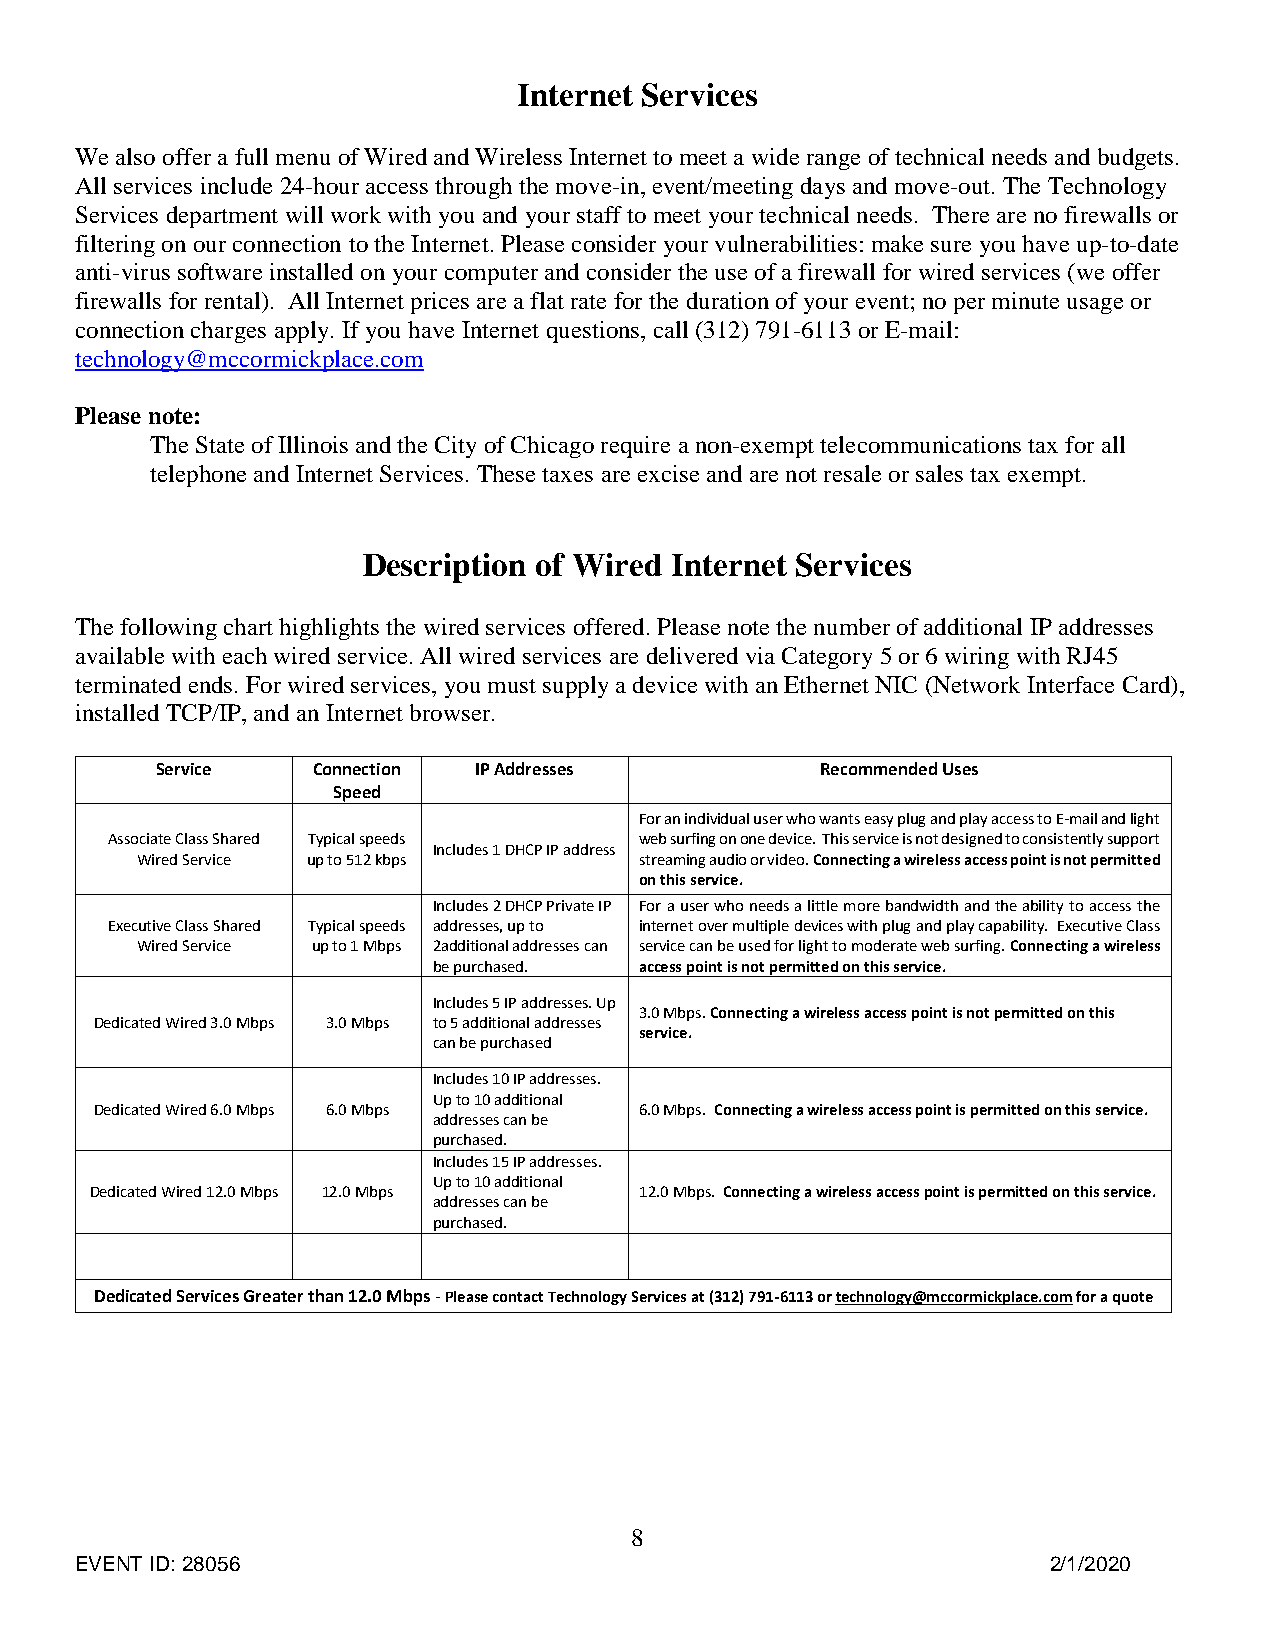
Internet Services
 We also offer a full menu of Wired and Wireless Internet to meet a wide range of technical needs and budgets.
 All services include 24-hour access through the move-in, event/meeting days and move-out. The Technology
 Services department will work with you and your staff to meet your technical needs. There are no firewalls or
 filtering on our connection to the Internet. Please consider your vulnerabilities: make sure you have up-to-date
 anti-virus software installed on your computer and consider the use of a firewall for wired services (we offer
 firewalls for rental). All Internet prices are a flat rate for the duration of your event; no per minute usage or
 connection charges apply. If you have Internet questions, call (312) 791-6113 or E-mail:
 technology@mccormickplace.com
 Please note:
 The State of Illinois and the City of Chicago require a non-exempt telecommunications tax for all
 telephone and Internet Services. These taxes are excise and are not resale or sales tax exempt.
 Description of Wired Internet Services
 The following chart highlights the wired services offered. Please note the number of additional IP addresses
 available with each wired service. All wired services are delivered via Category 5 or 6 wiring with RJ45
 terminated ends. For wired services, you must supply a device with an Ethernet NIC (Network Interface Card),
 installed TCP/IP, and an Internet browser.
 Service    Connection IP Addresses          Recommended Uses
 Speed
 For an individual user who wants easy plug and play access to E-mail and light
 Associate Class Shared Typical speeds web surfing on one device. This service is not designed to consistently support
 Includes 1 DHCP IP address
 Wired Service up to 512 kbps     streaming audio or video. Connecting a wireless access point is not permitted
 on this service.
 Includes 2 DHCP Private IP For a user who needs a little more bandwidth and the ability to access the
 Executive Class Shared Typical speeds addresses, up to internet over multiple devices with plug and play capability. Executive Class
 Wired Service up to 1 Mbps 2additional addresses can service can be used for light to moderate web surfing. Connecting a wireless
 be purchased. access point is not permitted on this service.
 Includes 5 IP addresses. Up
 3.0 Mbps. Connecting a wireless access point is not permitted on this
 Dedicated Wired 3.0 Mbps 3.0 Mbps to 5 additional addresses
 service.
 can be purchased
 Includes 10 IP addresses.
 Up to 10 additional
 Dedicated Wired 6.0 Mbps 6.0 Mbps   6.0 Mbps. Connecting a wireless access point is permitted on this service.
 addresses can be
 purchased.
 Includes 15 IP addresses.
 Up to 10 additional
 Dedicated Wired 12.0 Mbps 12.0 Mbps 12.0 Mbps. Connecting a wireless access point is permitted on this service.
 addresses can be
 purchased.
 Dedicated Services Greater than 12.0 Mbps - Please contact Technology Services at (312) 791-6113 or technology@mccormickplace.com for a quote
 8
 EVENT ID: 28056                                                  2/1/2020